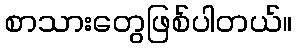
စာသားတွေဖြစ်ပါတယ်။